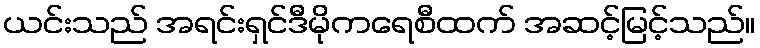
ယင်းသည် အရင်းရှင်ဒီမိုကရေစီထက် အဆင့်မြင့်သည်။